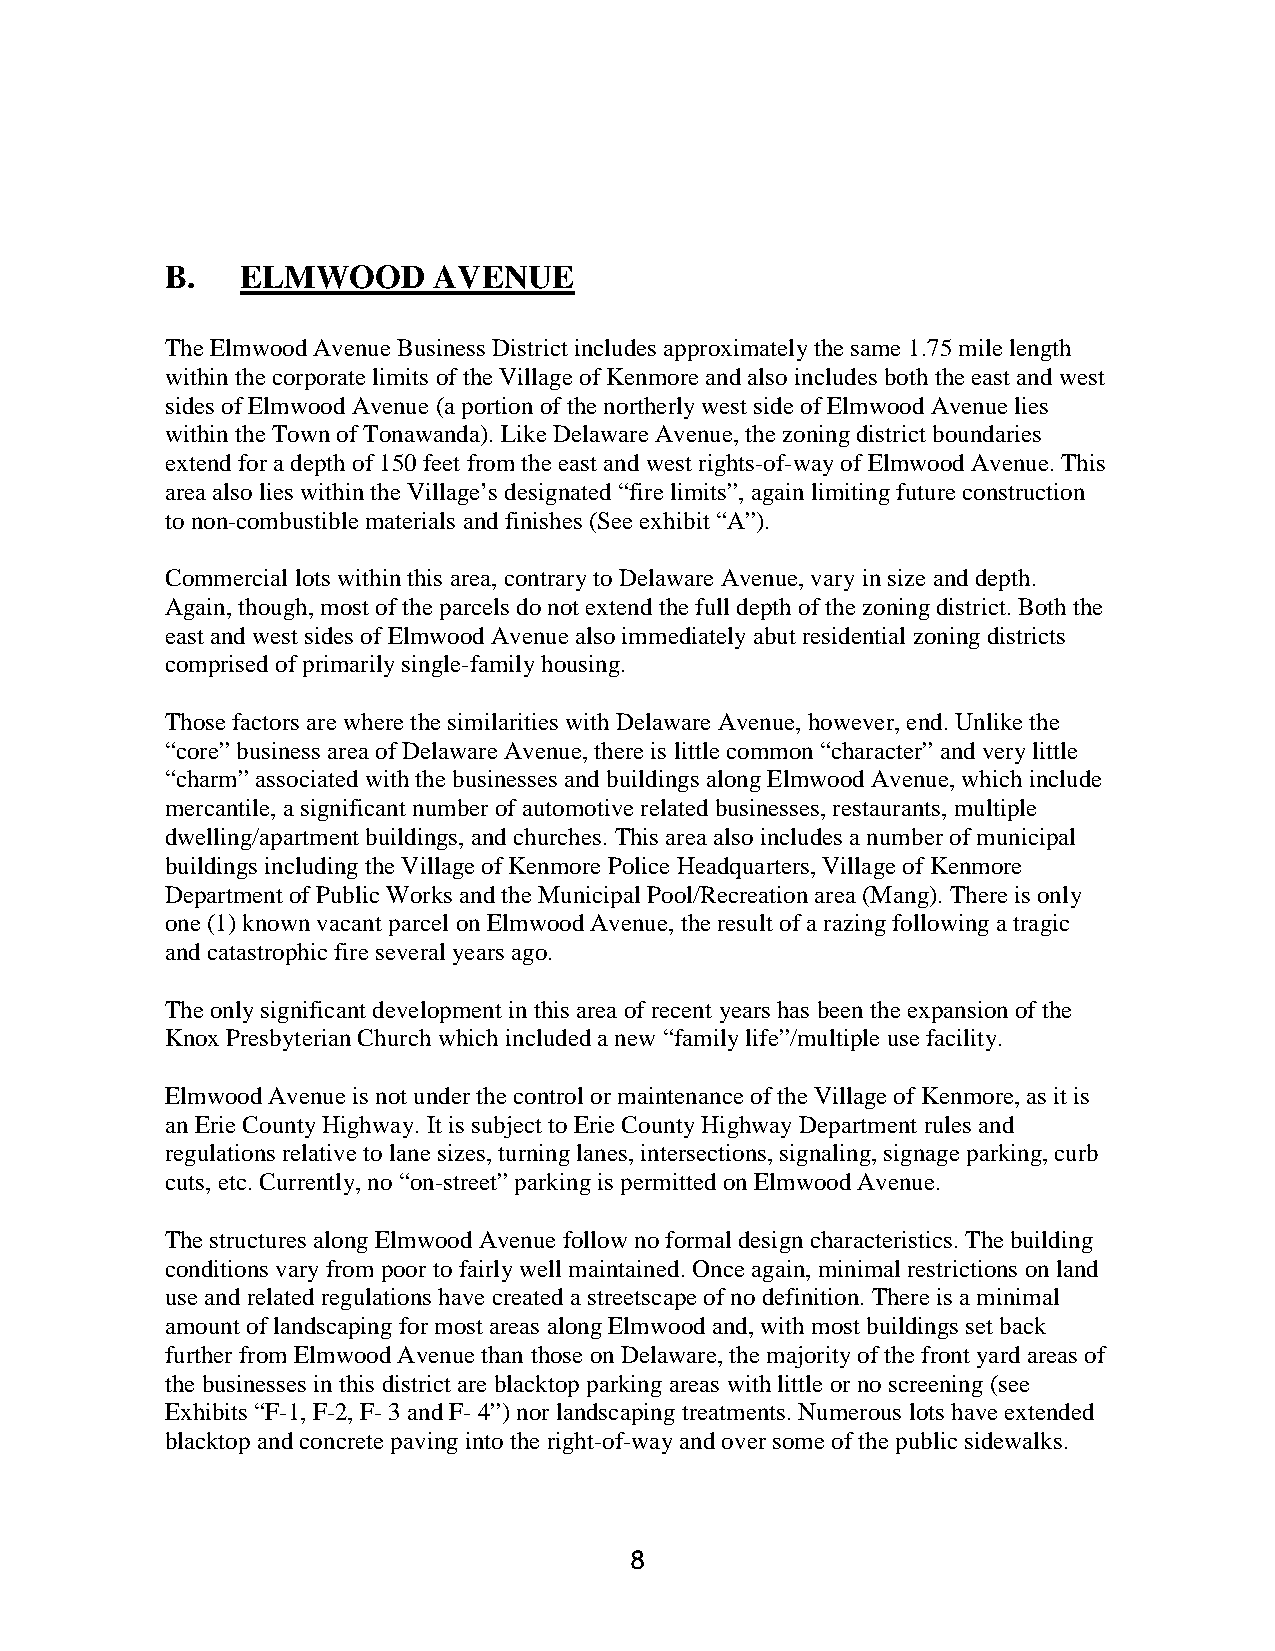
B.   ELMWOOD      AVENUE
 The Elmwood Avenue Business District includes approximately the same 1.75 mile length
 within the corporate limits of the Village of Kenmore and also includes both the east and west
 sides of Elmwood Avenue (a portion of the northerly west side of Elmwood Avenue lies
 within the Town of Tonawanda). Like Delaware Avenue, the zoning district boundaries
 extend for a depth of 150 feet from the east and west rights-of-way of Elmwood Avenue. This
 area also lies within the Village’s designated “fire limits”, again limiting future construction
 to non-combustible materials and finishes (See exhibit “A”).
 Commercial lots within this area, contrary to Delaware Avenue, vary in size and depth.
 Again, though, most of the parcels do not extend the full depth of the zoning district. Both the
 east and west sides of Elmwood Avenue also immediately abut residential zoning districts
 comprised of primarily single-family housing.
 Those factors are where the similarities with Delaware Avenue, however, end. Unlike the
 “core” business area of Delaware Avenue, there is little common “character” and very little
 “charm” associated with the businesses and buildings along Elmwood Avenue, which include
 mercantile, a significant number of automotive related businesses, restaurants, multiple
 dwelling/apartment buildings, and churches. This area also includes a number of municipal
 buildings including the Village of Kenmore Police Headquarters, Village of Kenmore
 Department of Public Works and the Municipal Pool/Recreation area (Mang). There is only
 one (1) known vacant parcel on Elmwood Avenue, the result of a razing following a tragic
 and catastrophic fire several years ago.
 The only significant development in this area of recent years has been the expansion of the
 Knox Presbyterian Church which included a new “family life”/multiple use facility.
 Elmwood Avenue is not under the control or maintenance of the Village of Kenmore, as it is
 an Erie County Highway. It is subject to Erie County Highway Department rules and
 regulations relative to lane sizes, turning lanes, intersections, signaling, signage parking, curb
 cuts, etc. Currently, no “on-street” parking is permitted on Elmwood Avenue.
 The structures along Elmwood Avenue follow no formal design characteristics. The building
 conditions vary from poor to fairly well maintained. Once again, minimal restrictions on land
 use and related regulations have created a streetscape of no definition. There is a minimal
 amount of landscaping for most areas along Elmwood and, with most buildings set back
 further from Elmwood Avenue than those on Delaware, the majority of the front yard areas of
 the businesses in this district are blacktop parking areas with little or no screening (see
 Exhibits “F-1, F-2, F- 3 and F- 4”) nor landscaping treatments. Numerous lots have extended
 blacktop and concrete paving into the right-of-way and over some of the public sidewalks.
 8